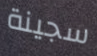
سجينة